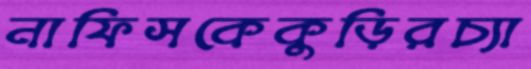
নাফিসকেকুড়িরচ্যা